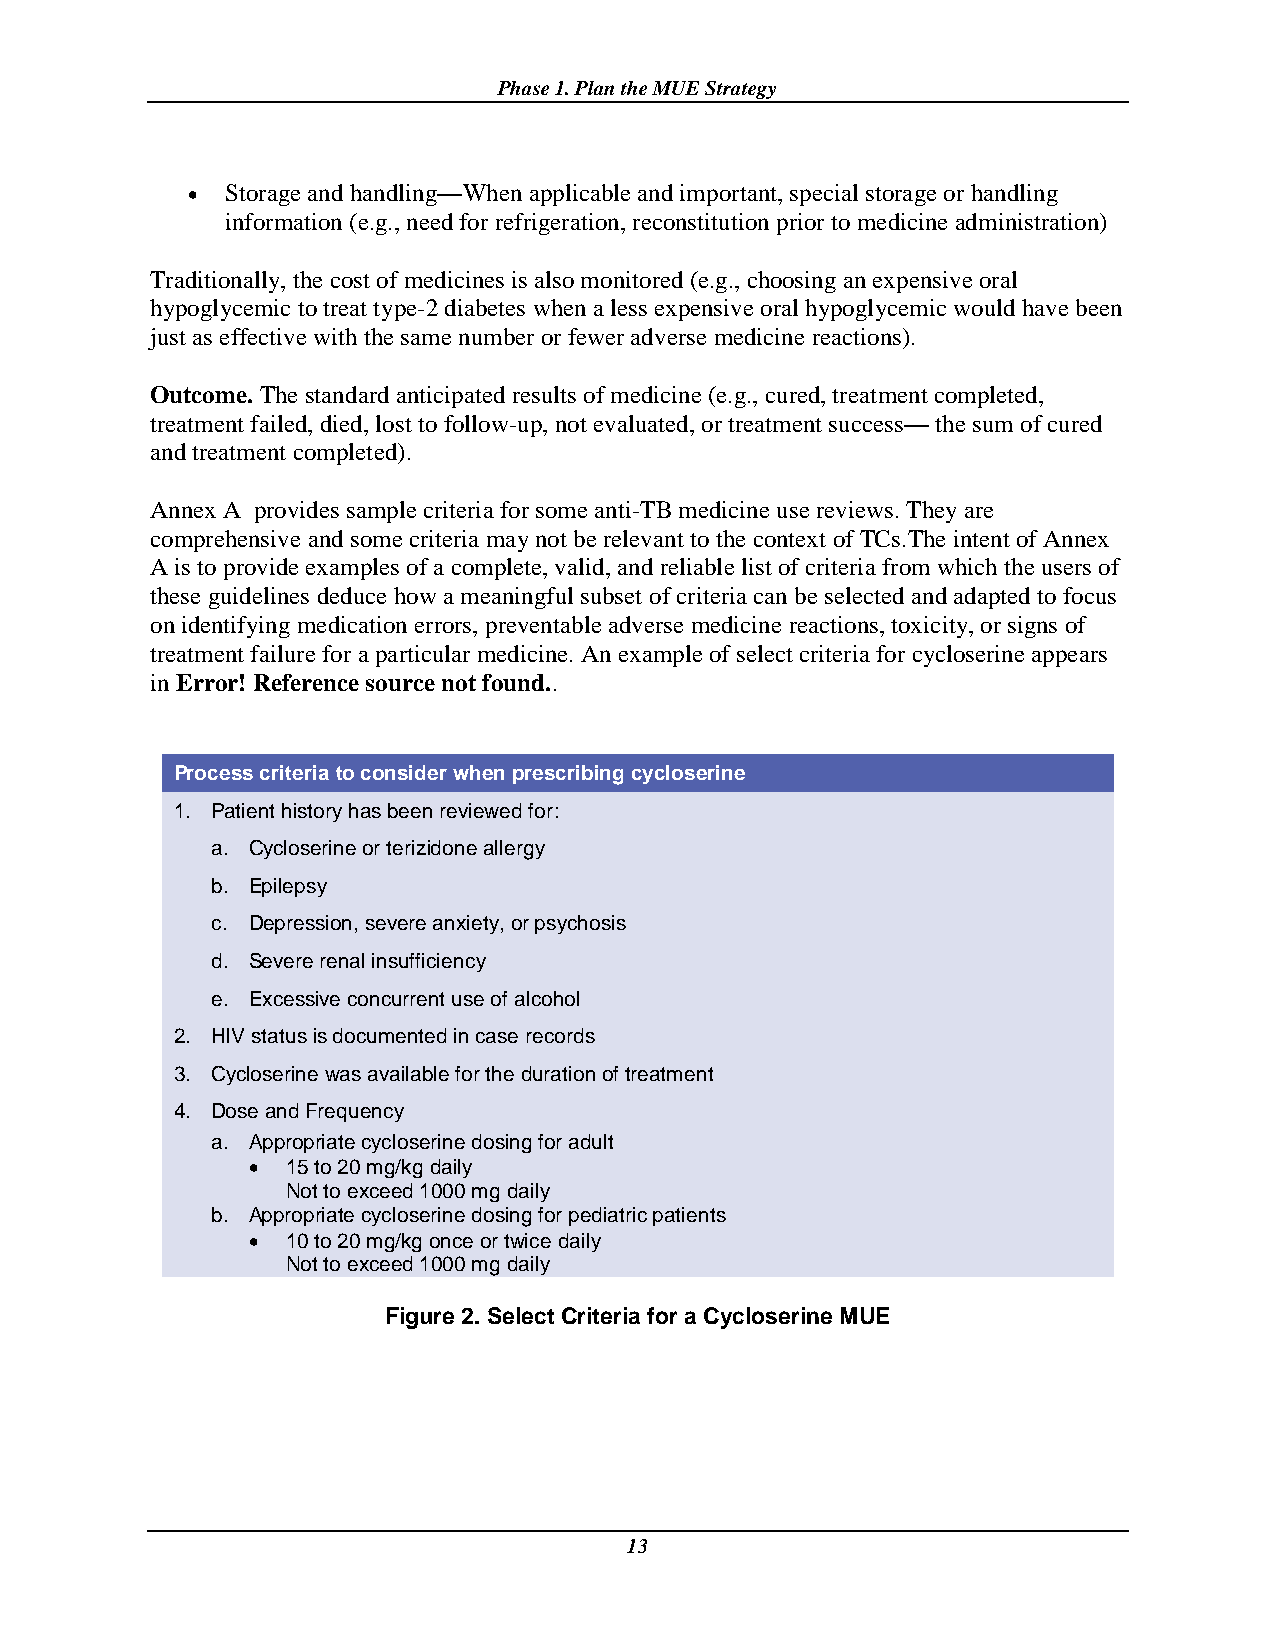
Phase 1. Plan the MUE Strategy
   Storage and handling—When applicable and important, special storage or handling
 information (e.g., need for refrigeration, reconstitution prior to medicine administration)
 Traditionally, the cost of medicines is also monitored (e.g., choosing an expensive oral
 hypoglycemic to treat type-2 diabetes when a less expensive oral hypoglycemic would have been
 just as effective with the same number or fewer adverse medicine reactions).
 Outcome. The standard anticipated results of medicine (e.g., cured, treatment completed,
 treatment failed, died, lost to follow-up, not evaluated, or treatment success— the sum of cured
 and treatment completed).
 Annex A provides sample criteria for some anti-TB medicine use reviews. They are
 comprehensive and some criteria may not be relevant to the context of TCs.The intent of Annex
 A is to provide examples of a complete, valid, and reliable list of criteria from which the users of
 these guidelines deduce how a meaningful subset of criteria can be selected and adapted to focus
 on identifying medication errors, preventable adverse medicine reactions, toxicity, or signs of
 treatment failure for a particular medicine. An example of select criteria for cycloserine appears
 in Error! Reference source not found..
 Process criteria to consider when prescribing cycloserine
 1. Patient history has been reviewed for:
 a. Cycloserine or terizidone allergy
 b. Epilepsy
 c. Depression, severe anxiety, or psychosis
 d. Severe renal insufficiency
 e. Excessive concurrent use of alcohol
 2. HIV status is documented in case records
 3. Cycloserine was available for the duration of treatment
 4. Dose and Frequency
 a. Appropriate cycloserine dosing for adult
   15 to 20 mg/kg daily
 Not to exceed 1000 mg daily
 b. Appropriate cycloserine dosing for pediatric patients
   10 to 20 mg/kg once or twice daily
 Not to exceed 1000 mg daily
 Figure 2. Select Criteria for a Cycloserine MUE
 13